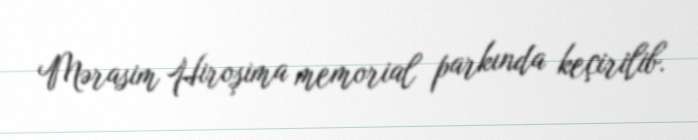
Mərasim Hiroşima memorial parkında keçirilib.